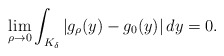
\begin{align*}\lim_{\rho\to 0}\int_{K_\delta} \left\vert g_\rho(y)-g_{0}(y)\right\vert dy=0.\end{align*}